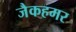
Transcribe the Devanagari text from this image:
जैकहमर